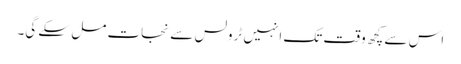
اس سے کچھ وقت تک انہیں ٹرولس سے نجات مل سکے گی۔